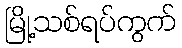
မြို့သစ်ရပ်ကွက်